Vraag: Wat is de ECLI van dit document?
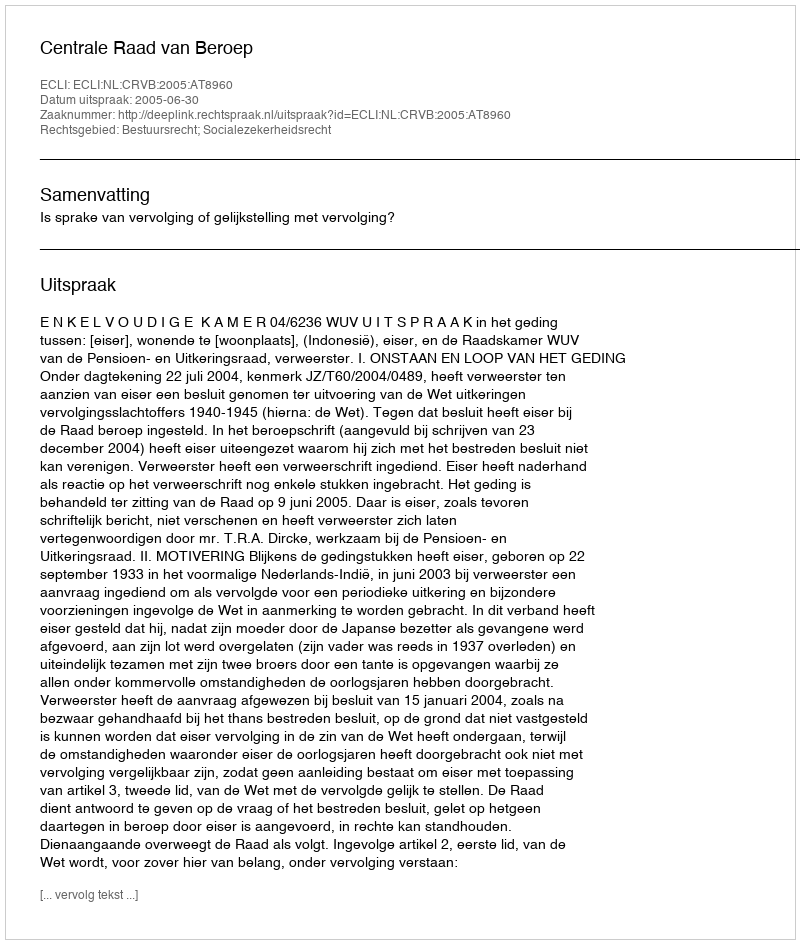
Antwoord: ECLI:NL:CRVB:2005:AT8960